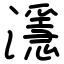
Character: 濦